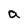
Character: a